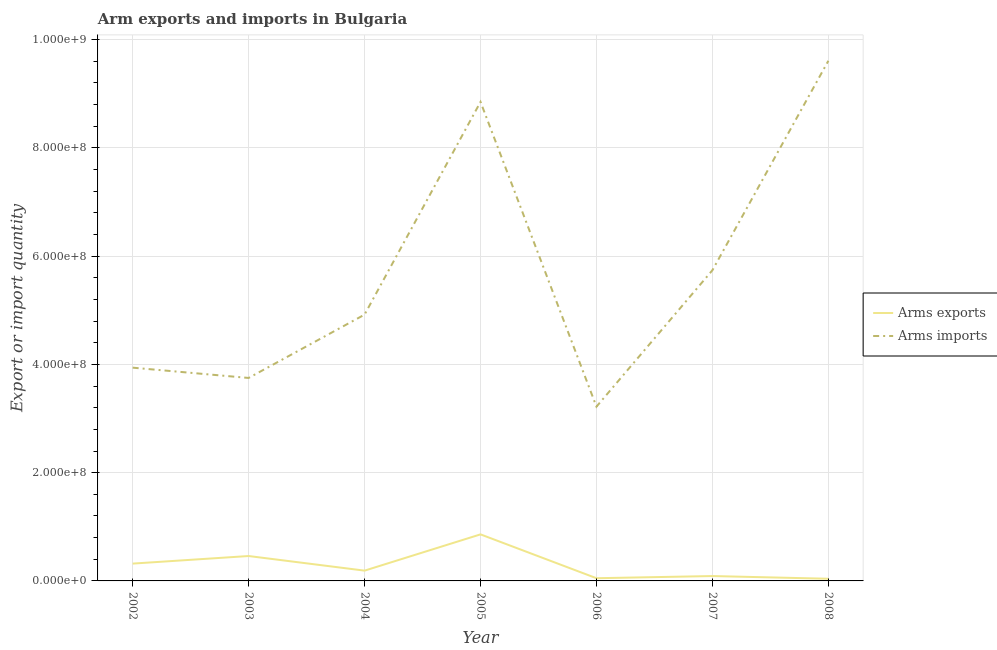
| Year | Arms exports | Arms imports |
 | --- | --- | --- |
 | 2002 | 3.2e+07 | 3.94e+08 |
 | 2003 | 4.6e+07 | 3.75e+08 |
 | 2004 | 1.9e+07 | 4.92e+08 |
 | 2005 | 8.6e+07 | 8.85e+08 |
 | 2006 | 5e+06 | 3.22e+08 |
 | 2007 | 9e+06 | 5.74e+08 |
 | 2008 | 4e+06 | 9.61e+08 |